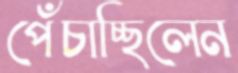
পেঁচাচ্ছিলেন